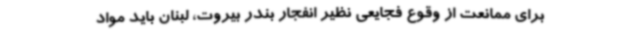
برای ممانعت از وقوع فجایعی نظیر انفجار بندر بیروت، لبنان باید مواد